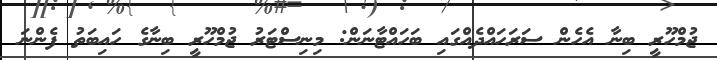
ޖުމްހޫރީ ބިނާ އެހެން ސަރަހައްދެއްގައި ބަަހައްޓާނަން: މިނިސްޓަރު ޖުމްހޫރީ ބިނާގެ ހައިބަތު ފެންނަ